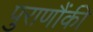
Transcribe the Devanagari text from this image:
पुराणौंकी